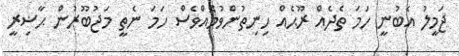
ޖަމީލު އެބުނީ ހަމަ ތެދެއް ރޫޙެއް ހިނިތުންވުމެއްވެސް ހަމަ ނެތީ މަޖުބޫރުން ޙާޟިރީ